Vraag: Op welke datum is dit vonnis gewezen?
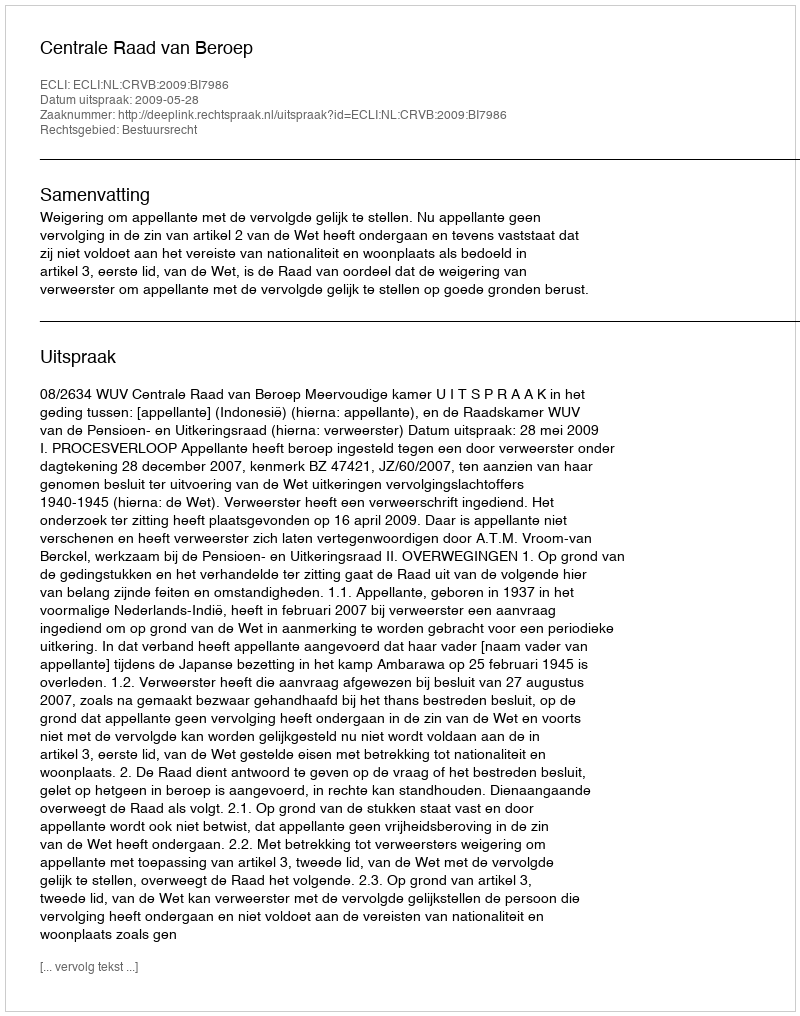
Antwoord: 2009-05-28